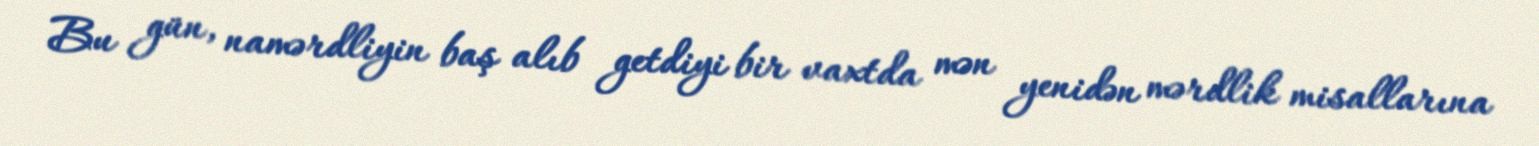
Bu gün, namərdliyin baş alıb getdiyi bir vaxtda mən yenidən mərdlik misallarına